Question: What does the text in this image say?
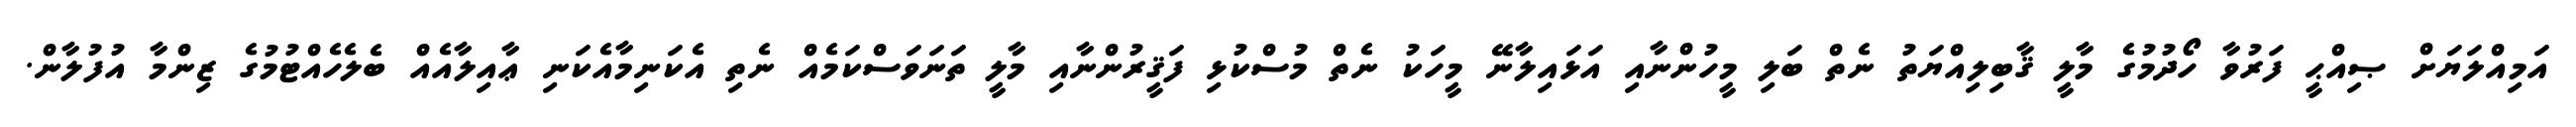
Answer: އަމިއްލަޔަށް ޞިއްޙީ ފަރުވާ ހޯދުމުގެ މާލީ ޤާބިލިއްޔަތު ނެތް ބަލި މީހުންނާއި އަޅައިލާނޭ މީހަކު ނެތް މުސްކުޅި ފަޤީރުންނާއި މާލީ ތަނަވަސްކަމެއް ނެތި އެކަނިމާއެކަނި ޢާއިލާއެއް ބެލެހެއްޓުމުގެ ޒިންމާ އުފުލާން.